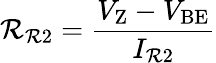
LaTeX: \mathcal{R}_{\mathrm{{\mathcal{R}2}}}={\frac{{V_{\mathrm{{Z}}}-V_{\mathrm{{BE}}}}}{{I_{\mathrm{{\mathcal{R}2}}}}}}